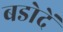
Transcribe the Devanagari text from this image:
बडोदें